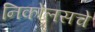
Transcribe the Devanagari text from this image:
निकोलसचे